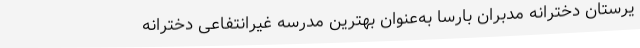
یرستان دخترانه مدبران بارسا به‌عنوان بهترین مدرسه غیرانتفاعی دخترانه